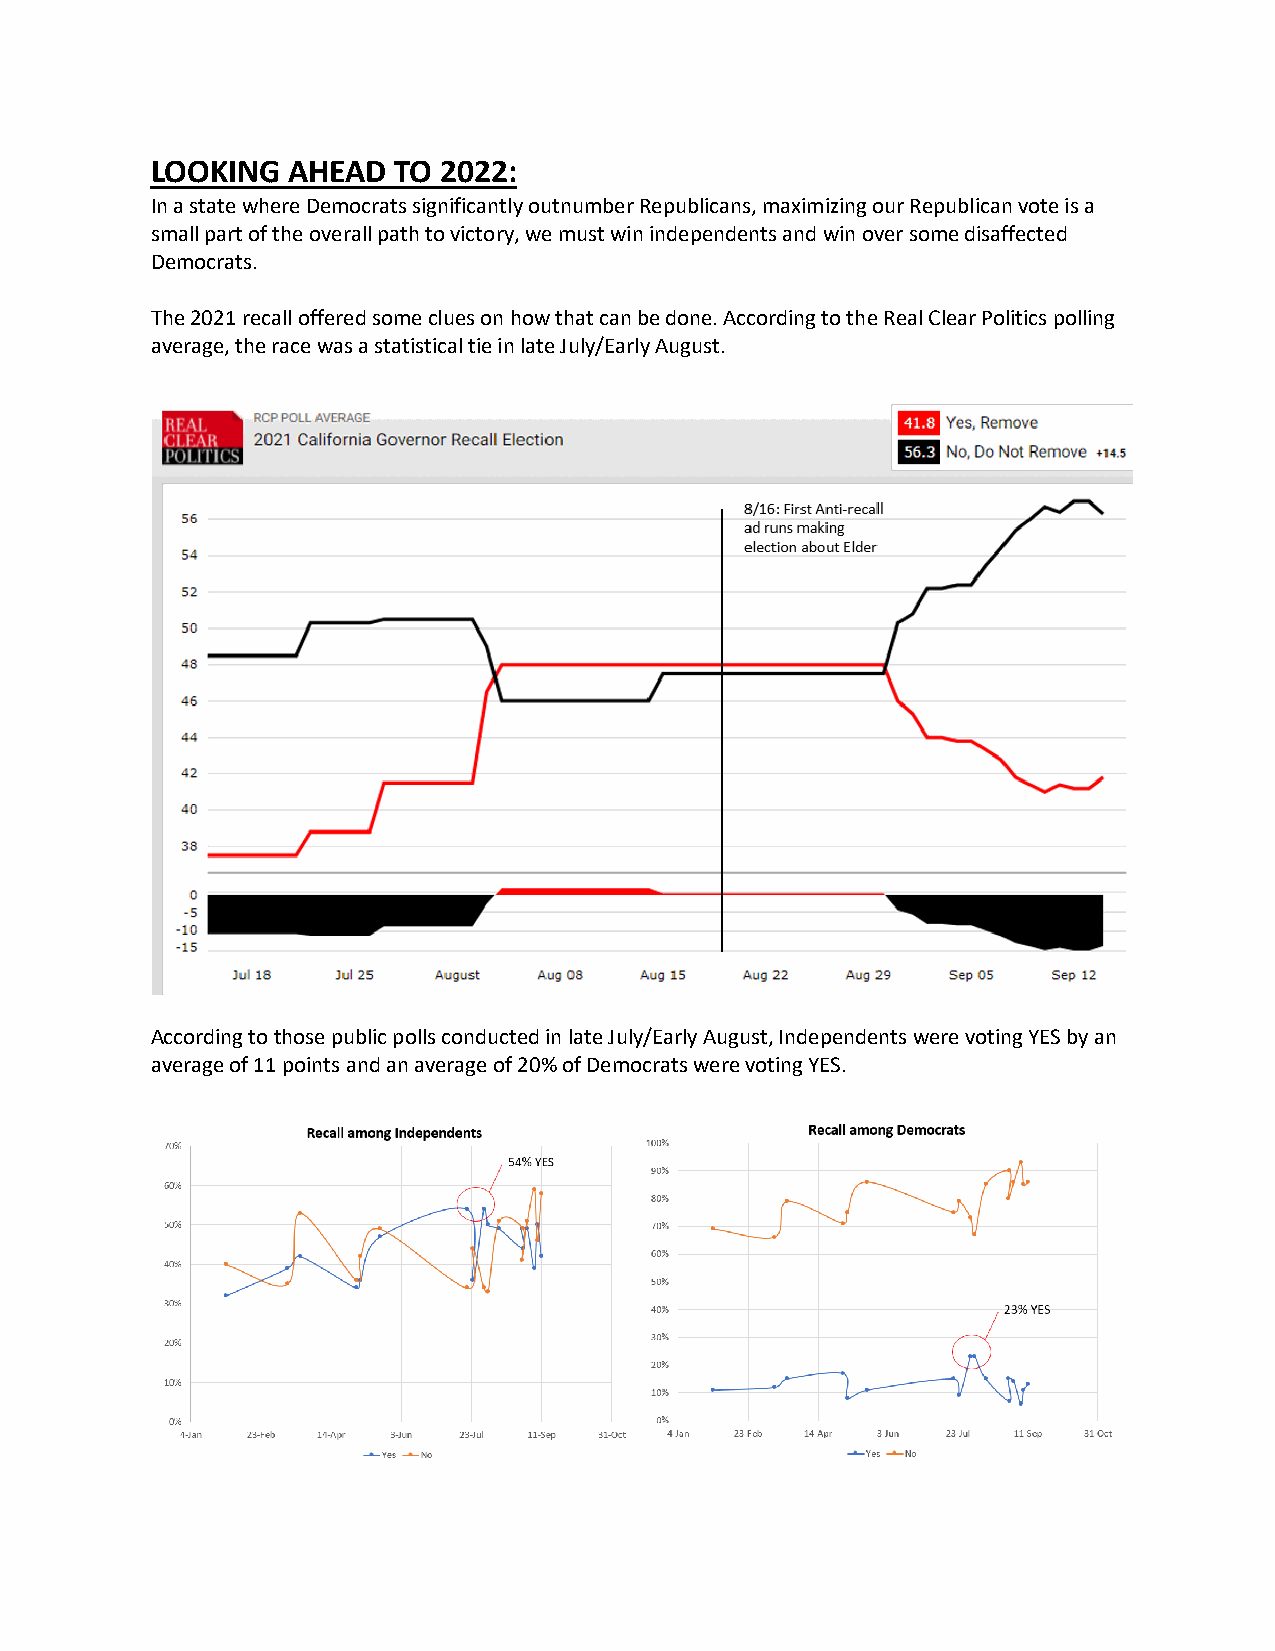
LOOKING  AHEAD  TO 2022:
 In a state where Democrats significantly outnumber Republicans, maximizing our Republican vote is a
 small part of the overall path to victory, we must win independents and win over some disaffected
 Democrats.
 The 2021 recall offered some clues on how that can be done. According to the Real Clear Politics polling
 average, the race was a statistical tie in late July/Early August.
 According to those public polls conducted in late July/Early August, Independents were voting YES by an
 average of 11 points and an average of 20% of Democrats were voting YES.